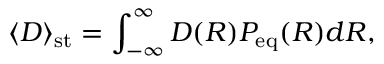
\langle D \rangle _ { \mathrm { s t } } = \int _ { - \infty } ^ { \infty } D ( R ) P _ { \mathrm { e q } } ( R ) d R ,